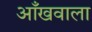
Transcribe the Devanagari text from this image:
आँखवाला